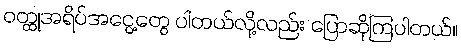
ဝတ္ထုအရိပ်အငွေ့တွေ ပါတယ်လို့လည်း ပြောဆိုကြပါတယ်။